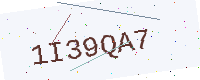
Text: 1I39QA7